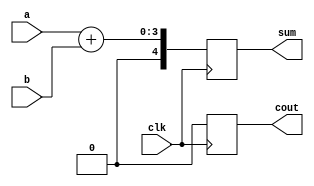
module half_adder( input [2:0] a, 
				input [2:0] b,
				input clk,
				output reg [4:0] sum,
				output reg cout
				);

	always @ (posedge clk)
		{cout, sum} =  a + b;
	
endmodule